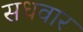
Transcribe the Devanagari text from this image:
सधवार